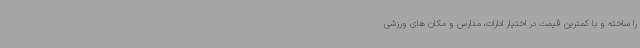
را ساخته و با کمترین قیمت در اختیار ادارات، مدارس و مکان های ورزشی